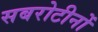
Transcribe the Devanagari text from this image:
सबरोटीनों